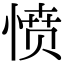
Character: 愤